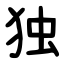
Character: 独